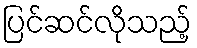
ပြင်ဆင်လိုသည့်